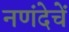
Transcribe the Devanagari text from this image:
नणंदेचें